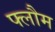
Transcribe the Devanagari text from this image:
फ्लौम